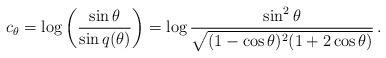
LaTeX: \begin{align*}c_\theta &=\log \left(\frac{\sin \theta}{\sin q(\theta) } \right) =\log \frac{\sin ^2\theta }{\sqrt{(1- \cos \theta )^2 (1+2 \cos \theta )}} \,.\end{align*}